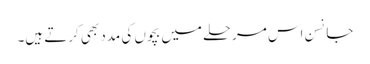
جانسن اس مرحلے میں بچوں کی مدد بھی کرتے ہیں۔